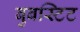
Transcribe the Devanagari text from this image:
बुबस्टिट